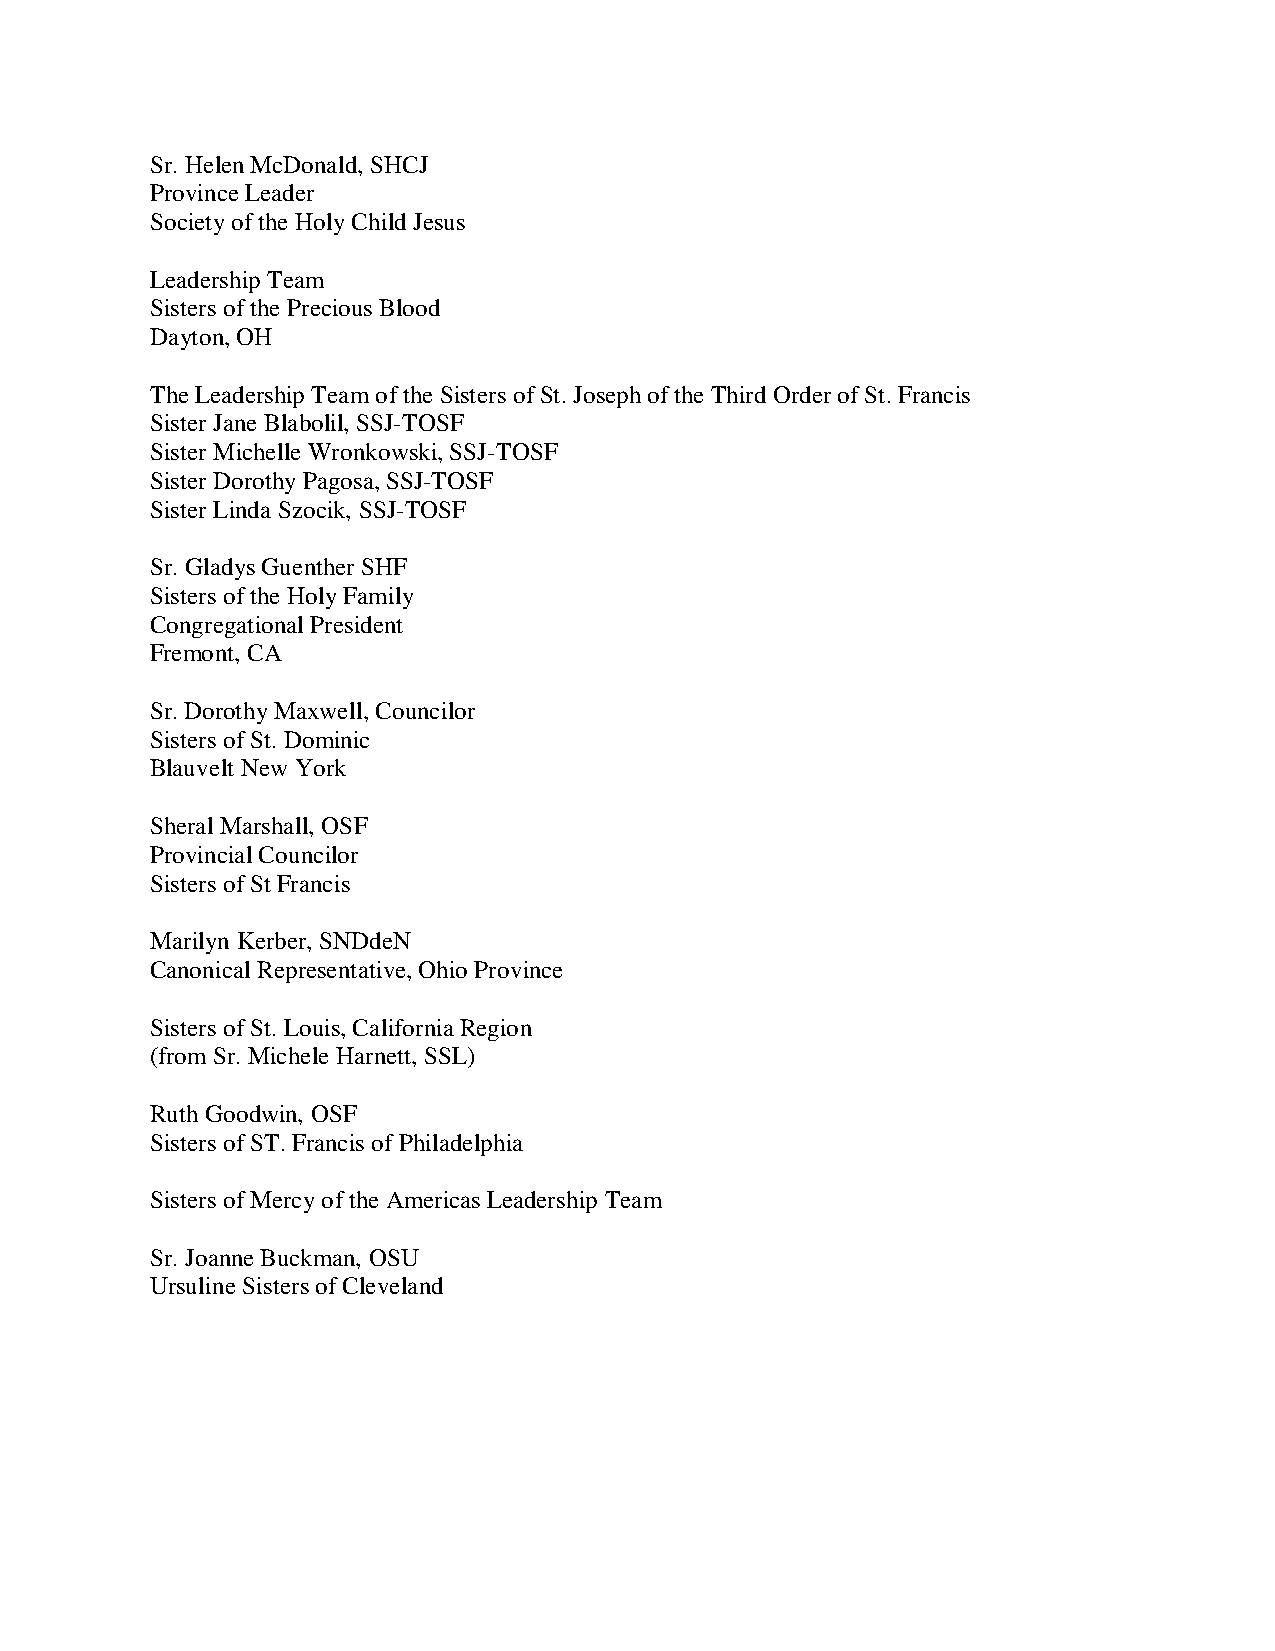
Sr. Helen McDonald, SHCJ
 Province Leader
 Society of the Holy Child Jesus
 Leadership Team
 Sisters of the Precious Blood
 Dayton, OH
 The Leadership Team of the Sisters of St. Joseph of the Third Order of St. Francis
 Sister Jane Blabolil, SSJ-TOSF
 Sister Michelle Wronkowski, SSJ-TOSF
 Sister Dorothy Pagosa, SSJ-TOSF
 Sister Linda Szocik, SSJ-TOSF
 Sr. Gladys Guenther SHF
 Sisters of the Holy Family
 Congregational President
 Fremont, CA
 Sr. Dorothy Maxwell, Councilor
 Sisters of St. Dominic
 Blauvelt New York
 Sheral Marshall, OSF
 Provincial Councilor
 Sisters of St Francis
 Marilyn Kerber, SNDdeN
 Canonical Representative, Ohio Province
 Sisters of St. Louis, California Region
 (from Sr. Michele Harnett, SSL)
 Ruth Goodwin, OSF
 Sisters of ST. Francis of Philadelphia
 Sisters of Mercy of the Americas Leadership Team
 Sr. Joanne Buckman, OSU
 Ursuline Sisters of Cleveland